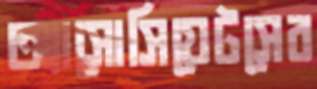
অ্যাসোসিয়েটসের